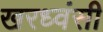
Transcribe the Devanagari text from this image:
खरध्वंसी